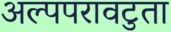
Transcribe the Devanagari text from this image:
अल्पपरावटुता